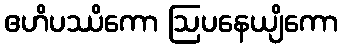
ဧဟိပဿိကော ဩပနေယျိကော